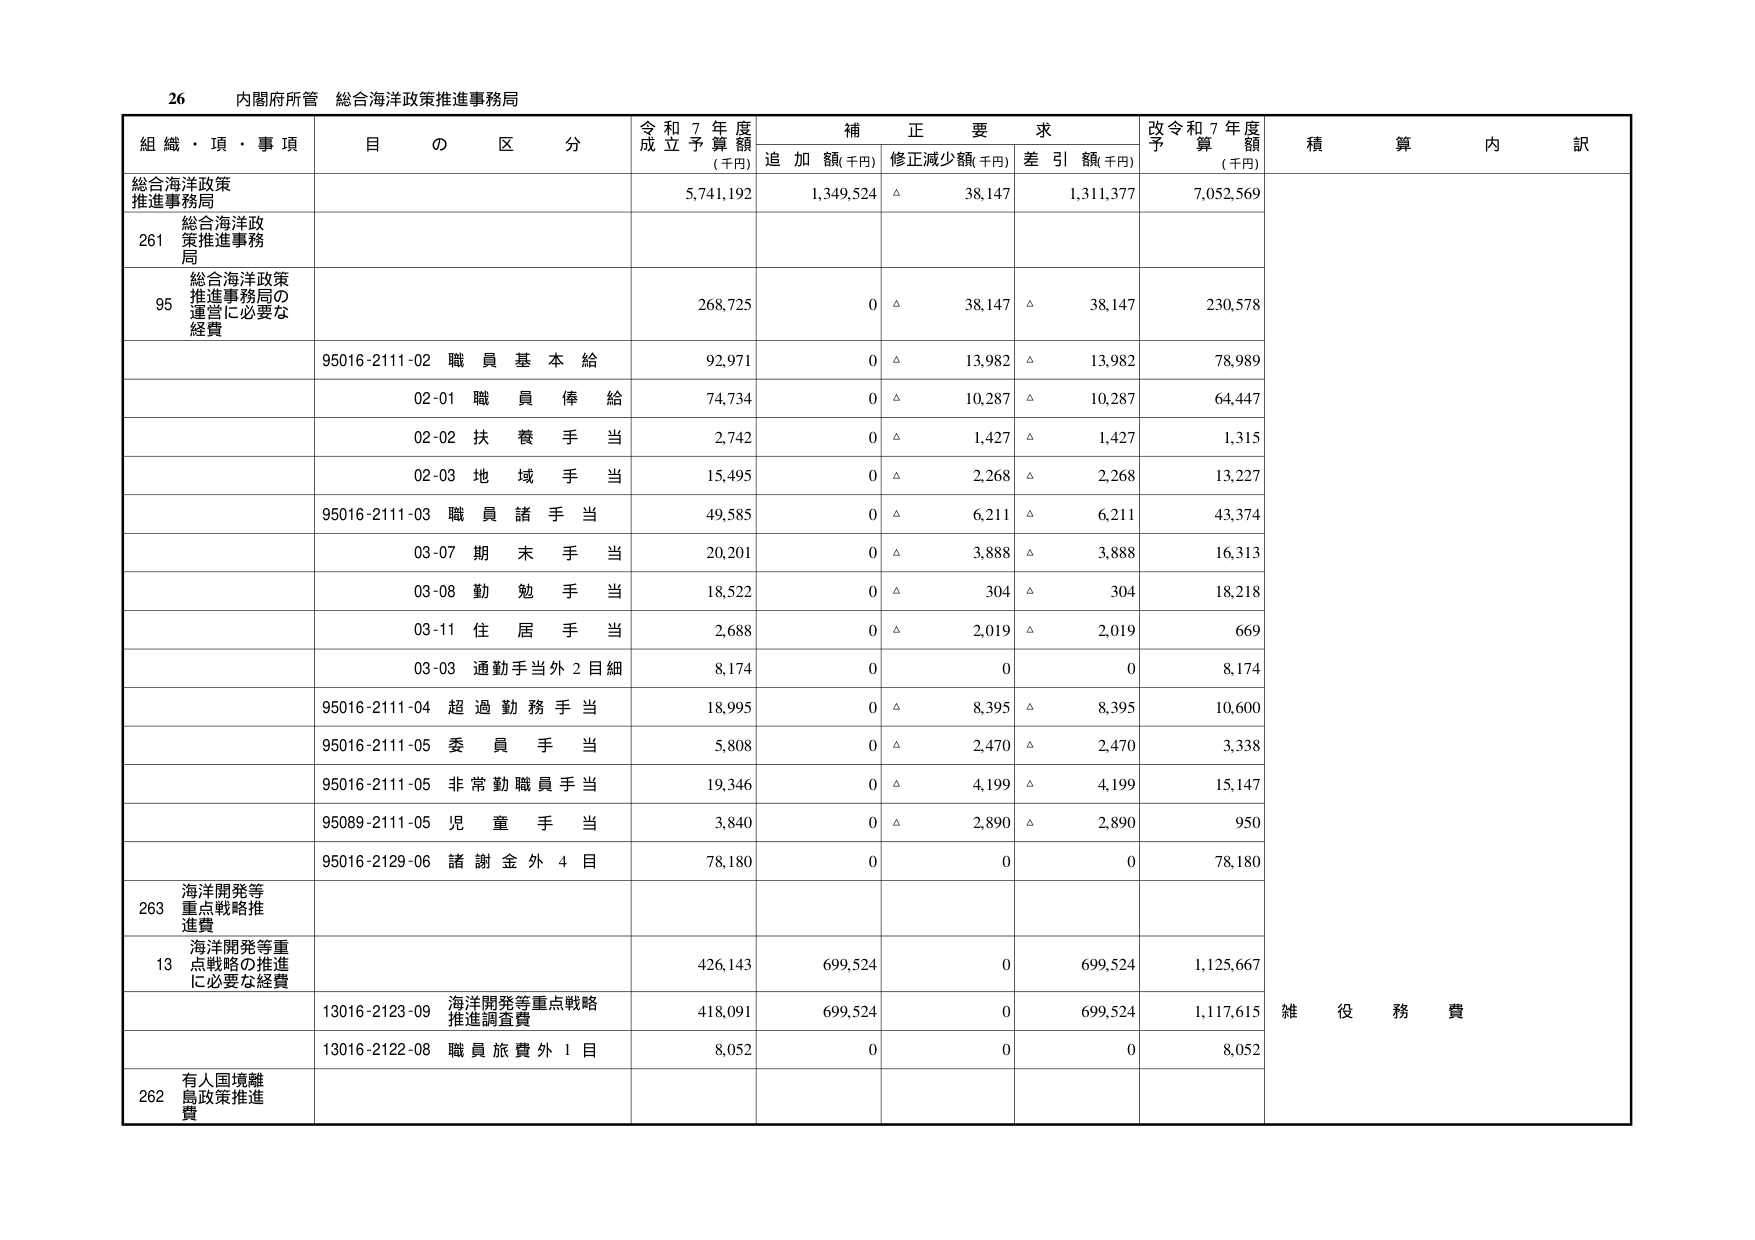
26 内閣府所管 総合海洋政策推進事務局

組織・項・事項 目の区分 令和7年度成立予算額(千円) 補正要求 追加額(千円) 修正減少額(千円) 差引額(千円) 改令和7年度予算額(千円) 積算内訳

総合海洋政策推進事務局 5,741,192 1,349,524 △ 38,147 1,311,377 7,052,569

261 総合海洋政策推進事務局

95 総合海洋政策推進事務局の運営に必要な経費 268,725 0 △ 38,147 △ 38,147 230,578

95016-2111-02 職員基本給 92,971 0 △ 13,982 △ 13,982 78,989

02-01 職員俸給 74,734 0 △ 10,287 △ 10,287 64,447

02-02 扶養手当 2,742 0 △ 1,427 △ 1,427 1,315

02-03 地域手当 15,495 0 △ 2,268 △ 2,268 13,227

95016-2111-03 職員諸手当 49,585 0 △ 6,211 △ 6,211 43,374

03-07 期末手当 20,201 0 △ 3,888 △ 3,888 16,313

03-08 勤勉手当 18,522 0 △ 304 △ 304 18,218

03-11 住居手当 2,688 0 △ 2,019 △ 2,019 669

03-03 通勤手当外2目細 8,174 0 0 0 8,174

95016-2111-04 超過勤務手当 18,995 0 △ 8,395 △ 8,395 10,600

95016-2111-05 委員手当 5,808 0 △ 2,470 △ 2,470 3,338

95016-2111-05 非常勤職員手当 19,346 0 △ 4,199 △ 4,199 15,147

95089-2111-05 児童手当 3,840 0 △ 2,890 △ 2,890 950

95016-2129-06 諸謝金外4目 78,180 0 0 0 78,180

263 海洋開発等重点戦略推進費

13 海洋開発等重点戦略の推進に必要な経費 426,143 699,524 0 699,524 1,125,667

13016-2123-09 海洋開発等重点戦略推進調査費 418,091 699,524 0 699,524 1,117,615

13016-2122-08 職員旅費外1目 8,052 0 0 0 8,052

262 有人国境離島政策推進費

雑役務費